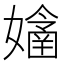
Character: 𡣊